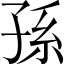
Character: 孫